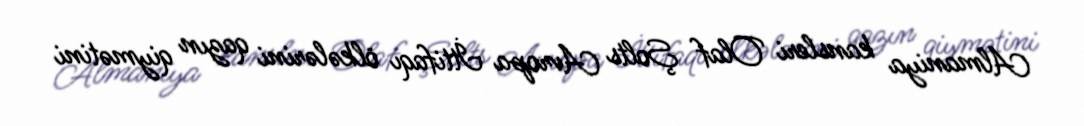
Almaniya kansleri Olaf Şolts Avropa İttifaqı ölkələrini qazın qiymətini